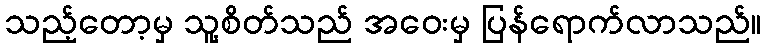
သည့်တော့မှ သူ့စိတ်သည် အဝေးမှ ပြန်ရောက်လာသည်။